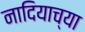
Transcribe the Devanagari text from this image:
नादियाच्या